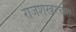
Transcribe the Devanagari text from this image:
राजशेखरच्या